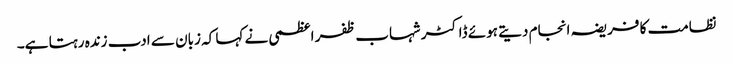
نظامت کا فریضہ انجام دیتے ہوئے ڈاکٹر شہاب ظفر اعظمی نے کہا کہ زبان سے ادب زندہ رہتا ہے۔